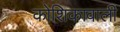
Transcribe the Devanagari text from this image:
कोशिकावाली